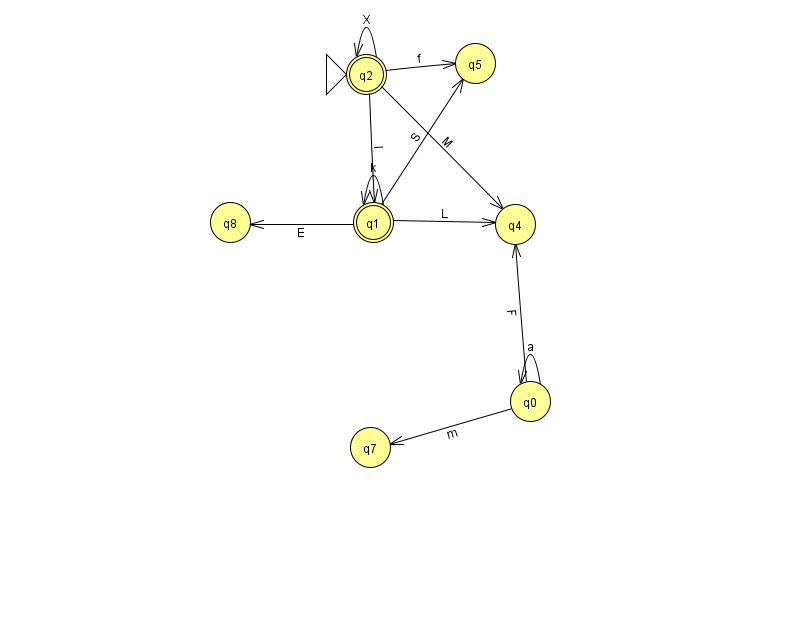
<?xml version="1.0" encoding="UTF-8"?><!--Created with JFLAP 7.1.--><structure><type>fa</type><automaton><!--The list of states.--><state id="0" name="q0"><x>530.0</x><y>388.0</y></state><state id="1" name="q1"><x>373.0</x><y>209.0</y><final/></state><state id="2" name="q2"><x>366.0</x><y>61.0</y><initial/><final/></state><state id="4" name="q4"><x>515.0</x><y>211.0</y></state><state id="5" name="q5"><x>475.0</x><y>50.0</y></state><state id="7" name="q7"><x>370.0</x><y>434.0</y></state><state id="8" name="q8"><x>230.0</x><y>209.0</y></state><!--The list of transitions.--><transition><from>2</from><to>5</to><read>f</read></transition><transition><from>0</from><to>0</to><read>a</read></transition><transition><from>1</from><to>8</to><read>E</read></transition><transition><from>1</from><to>4</to><read>L</read></transition><transition><from>1</from><to>5</to><read>S</read></transition><transition><from>2</from><to>4</to><read>M</read></transition><transition><from>0</from><to>7</to><read>m</read></transition><transition><from>2</from><to>2</to><read>X</read></transition><transition><from>1</from><to>1</to><read>k</read></transition><transition><from>0</from><to>4</to><read>F</read></transition><transition><from>2</from><to>1</to><read>l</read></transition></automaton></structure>